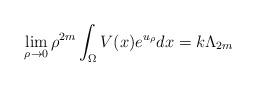
LaTeX: \begin{align*}\lim_{\rho\rightarrow0}\rho^{2m}\int_{\Omega}V(x)e^{u_{\rho}}dx=k\Lambda_{2m}\end{align*}